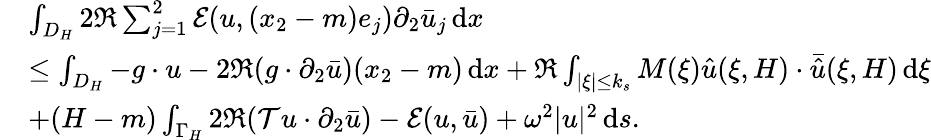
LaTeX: \begin{array}{rl}&{\int_{D_{H}}2\Re\sum_{j=1}^{2}\mathcal{E}(u,(x_{2}-m)e_{j})\partial_{2}\bar{u}_{j}\, \mathrm{d}x}\\ &{\le\int_{D_{H}}-g\cdot u-2\Re(g\cdot\partial_{2}\bar{u})(x_{2}-m)\, \mathrm{d}x+\Re\int_{|\xi|\le k_{s}}M(\xi)\hat{u}(\xi,H)\cdot\bar{\hat{u}}(\xi,H)\, \mathrm{d}\xi}\\ &{+(H-m)\int_{\Gamma_{H}}2\Re(\mathcal{T}u\cdot\partial_{2}\bar{u})-\mathcal{E}(u,\bar{u})+\omega^{2}|u|^{2}\, \mathrm{d}s.}\end{array}